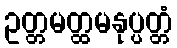
ဥတ္တမတ္ထမနုပ္ပတ္တံ